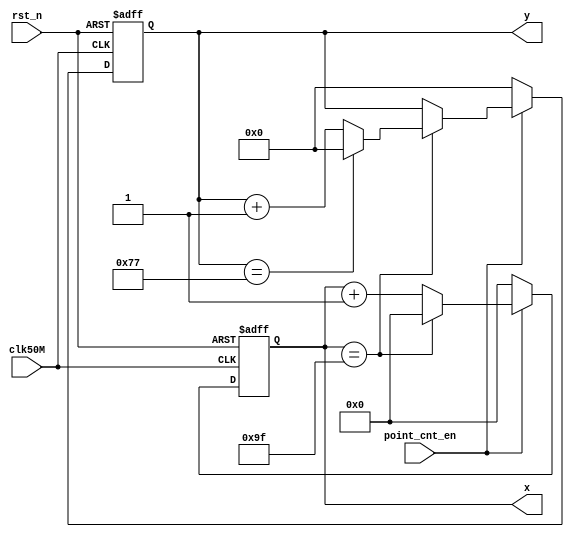
module point_cnt(clk50M,rst_n,point_cnt_en,x,y);//
input clk50M,rst_n;
input point_cnt_en;//
output [7:0] x;//x
output [6:0] y;//y
reg [7:0] x_position;//x()
reg [6:0] y_position;//y()
assign x=x_position;
assign y=y_position;
always@(posedge clk50M or negedge rst_n)
begin
if(!rst_n)
begin
    x_position<=8'd64;
    y_position<=7'd60;
end
else
begin

if(point_cnt_en==1'b1)
begin
    if(x_position==8'd159)//
    begin
        x_position<=8'd0;
        if(y_position==7'd119)//1
        y_position<=7'd0;
        else
        y_position<=y_position+7'd1;
    end
    else
        begin
        x_position<=x_position+8'd1;//1
        end
end
else
begin
    x_position<=8'd0;
	 y_position<=7'd0;
end

end
end
endmodule